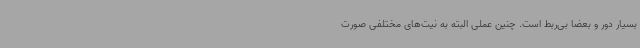
بسیار دور و بعضاً بی‌ربط است. چنین عملی البته به نیت‌های مختلفی صورت